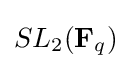
SL_{2}(\mathbf {F} _{q})